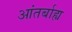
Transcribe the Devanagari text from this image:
आंतर्बाह्य